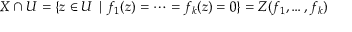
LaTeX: X \cap U = \{ z \in U \mid f _ { 1 } ( z ) = \cdots = f _ { k } ( z ) = 0 \} = Z ( f _ { 1 } , \dots , f _ { k } )